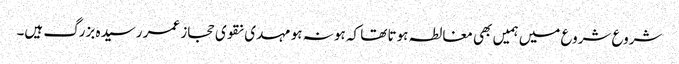
شروع شروع میں ہمیں بھی مغالطہ ہوتا تھا کہ ہو نہ ہو مہدی نقوی حجاز عمر رسیدہ بزرگ ہیں۔